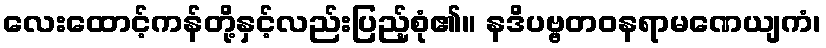
လေးထောင့်ကန်တို့နှင့်လည်းပြည့်စုံ၏။ နဒိပဗ္ဗတဝနရာမဏေယျကံ၊